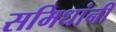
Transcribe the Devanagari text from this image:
समिधांनी